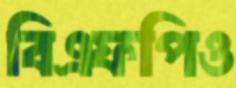
বিএফপিও